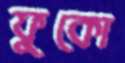
ফুকো